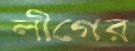
লীগের